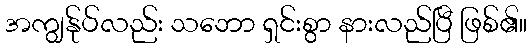
အကျွန်ုပ်လည်း သဘော ရှင်းစွာ နားလည်ပြီ ဖြစ်၏။